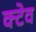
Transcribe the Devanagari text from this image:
क्टेव